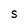
Character: S